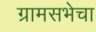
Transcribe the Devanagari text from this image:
ग्रामसभेचा